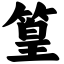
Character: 篁